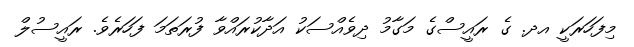
މިފަހަރަކީ އދ. ގެ ރައީސްގެ މަގާމު ދިވެއްސަކު އަދާކުރައްވާ ފުރަތަމަ ފަހަރެވެ. ރައީސުލް